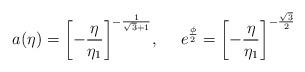
LaTeX: \begin{align*}a(\eta) = \biggl[-\frac{\eta}{\eta_1}\biggr]^{-\frac{1}{\sqrt{3} + 1}},~~~~e^{\frac{\phi}{2}} = \biggl[-\frac{\eta}{\eta_1}\biggr]^{-\frac{\sqrt{3}}{2}}\end{align*}